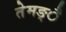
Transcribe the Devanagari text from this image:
तेमङ्ै